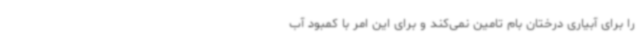
را برای آبیاری درختان بام تامین نمی‌کند و برای این امر با کمبود آب